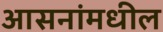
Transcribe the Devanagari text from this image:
आसनांमधील